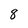
Character: 8